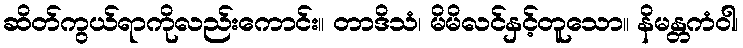
ဆိတ်ကွယ်ရာကိုလည်းကောင်း။ တာဒိသံ၊ မိမိလင်နှင့်တူသော။ နိမန္တကံဝါ၊